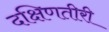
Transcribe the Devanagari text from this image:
दक्षिणतीरी